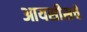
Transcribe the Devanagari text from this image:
आयसीसचे